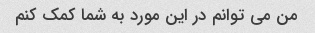
من می توانم در این مورد به شما کمک کنم